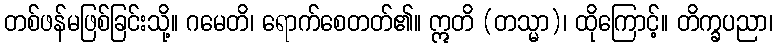
တစ်ဖန်မဖြစ်ခြင်းသို့။ ဂမေတိ၊ ရောက်စေတတ်၏။ ဣတိ (တသ္မာ)၊ ထိုကြောင့်။ တိက္ခပညာ၊